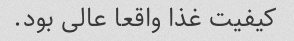
کیفیت غذا واقعا عالی بود.